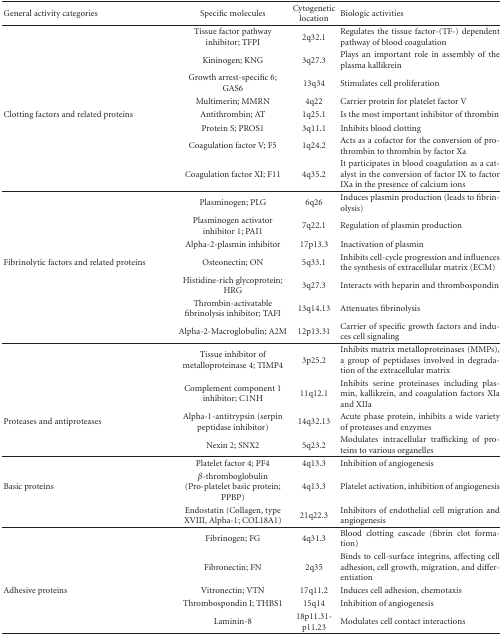
<table><thead><tr><td><b>General activity categories</b></td><td><b>Specific molecules</b></td><td><b>Cytogenetic location</b></td><td><b>Biologic activities</b></td></tr></thead><tbody><tr><td>[EMPTY_CELL]</td><td>Tissue factor pathway inhibitor; TFPI</td><td>2q32.1</td><td>Regulates the tissue factor-(TF-) dependent pathway of blood coagulation</td></tr><tr><td>[EMPTY_CELL]</td><td>Kininogen; KNG</td><td>3q27.3</td><td>Plays an important role in assembly of the plasma kallikrein</td></tr><tr><td>[EMPTY_CELL]</td><td>Growth arrest-specific 6; GAS6</td><td>13q34</td><td>Stimulates cell proliferation</td></tr><tr><td>[EMPTY_CELL]</td><td>Multimerin; MMRN</td><td>4q22</td><td>Carrier protein for platelet factor V</td></tr><tr><td>Clotting factors and related proteins</td><td>Antithrombin; AT</td><td>1q25.1</td><td>Is the most important inhibitor of thrombin</td></tr><tr><td>[EMPTY_CELL]</td><td>Protein S; PROS1</td><td>3q11.1</td><td>Inhibits blood clotting</td></tr><tr><td>[EMPTY_CELL]</td><td>Coagulation factor V; F5</td><td>1q24.2</td><td>Acts as a cofactor for the conversion of prothrombin to thrombin by factor Xa</td></tr><tr><td>[EMPTY_CELL]</td><td>Coagulation factor XI; F11</td><td>4q35.2</td><td>It participates in blood coagulation as a catalyst in the conversion of factor IX to factor IXa in the presence of calcium ions</td></tr><tr><td>[EMPTY_CELL]</td><td>Plasminogen; PLG</td><td>6q26</td><td>Induces plasmin production (leads to fibrinolysis)</td></tr><tr><td>[EMPTY_CELL]</td><td>Plasminogen activator inhibitor 1; PAI1</td><td>7q22.1</td><td>Regulation of plasmin production</td></tr><tr><td>[EMPTY_CELL]</td><td>Alpha-2-plasmin inhibitor</td><td>17p13.3</td><td>Inactivation of plasmin</td></tr><tr><td>Fibrinolytic factors and related proteins</td><td>Osteonectin; ON</td><td>5q33.1</td><td>Inhibits cell-cycle progression and influences the synthesis of extracellular matrix (ECM)</td></tr><tr><td>[EMPTY_CELL]</td><td>Histidine-rich glycoprotein; HRG</td><td>3q27.3</td><td>Interacts with heparin and thrombospondin</td></tr><tr><td>[EMPTY_CELL]</td><td>Thrombin-activatable fibrinolysis inhibitor; TAFI</td><td>13q14.13</td><td>Attenuates fibrinolysis</td></tr><tr><td>[EMPTY_CELL]</td><td>Alpha-2-Macroglobulin; A2M</td><td>12p13.31</td><td>Carrier of specific growth factors and induces cell signaling</td></tr><tr><td>[EMPTY_CELL]</td><td>Tissue inhibitor of metalloproteinase 4; TIMP4</td><td>3p25.2</td><td>Inhibits matrix metalloproteinases (MMPs), a group of peptidases involved in degradation of the extracellular matrix</td></tr><tr><td>[EMPTY_CELL]</td><td>Complement component 1 inhibitor; C1NH</td><td>11q12.1</td><td>Inhibits serine proteinases including plasmin, kallikrein, and coagulation factors XIa and XIIa</td></tr><tr><td>Proteases and antiproteases</td><td>Alpha-1-antitrypsin (serpin peptidase inhibitor)</td><td>14q32.13</td><td>Acute phase protein, inhibits a wide variety of proteases and enzymes</td></tr><tr><td>[EMPTY_CELL]</td><td>Nexin 2; SNX2</td><td>5q23.2</td><td>Modulates intracellular trafficking of proteins to various organelles</td></tr><tr><td>[EMPTY_CELL]</td><td>Platelet factor 4; PF4</td><td>4q13.3</td><td>Inhibition of angiogenesis</td></tr><tr><td>Basic proteins</td><td><i>β</i>-thromboglobulin (Pro-platelet basic protein; PPBP)</td><td>4q13.3</td><td>Platelet activation, inhibition of angiogenesis</td></tr><tr><td>[EMPTY_CELL]</td><td>Endostatin (Collagen, type XVIII, Alpha-1; COL18A1)</td><td>21q22.3</td><td>Inhibitors of endothelial cell migration and angiogenesis</td></tr><tr><td>[EMPTY_CELL]</td><td>Fibrinogen; FG</td><td>4q31.3</td><td>Blood clotting cascade (fibrin clot formation)</td></tr><tr><td>[EMPTY_CELL]</td><td>Fibronectin; FN</td><td>2q35</td><td>Binds to cell-surface integrins, affecting cell adhesion, cell growth, migration, and differentiation</td></tr><tr><td>Adhesive proteins</td><td>Vitronectin; VTN</td><td>17q11.2</td><td>Induces cell adhesion, chemotaxis</td></tr><tr><td>[EMPTY_CELL]</td><td>Thrombospondin I; THBS1</td><td>15q14</td><td>Inhibition of angiogenesis</td></tr><tr><td>[EMPTY_CELL]</td><td>Laminin-8</td><td>18p11.31-p11.23</td><td>Modulates cell contact interactions</td></tr></tbody></table>